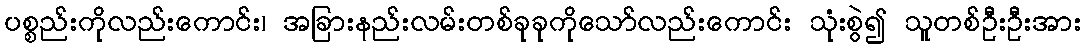
ပစ္စည်းကိုလည်းကောင်း၊ အခြားနည်းလမ်းတစ်ခုခုကိုသော်လည်းကောင်း သုံးစွဲ၍ သူတစ်ဦးဦးအား